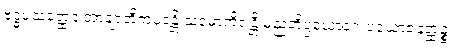
ဗုဒ္ဓပသတ္ထေန အာချာတိကပဒန္တိ သမောကိရန္တိ မညတိပ္ပယောဂေ ပယောဇနတ္ထဉ္စ